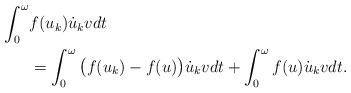
LaTeX: \begin{align*} \int_0^{\omega}&f(u_k)\dot u_k vdt\\&=\int_0^{\omega}\big(f(u_k)-f(u)\big)\dot u_k vdt+\int_0^{\omega}f(u)\dot u_k vdt.\end{align*}